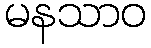
မနသာဝ